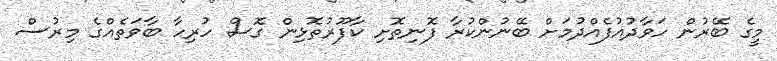
މީގެ ބޭރުން ހަވާދުއުފެއްދުމަށް ބޭނުންކުރާ ފޮނިތޮށި ކާފޫރުތޮޅިން ގޮސް ހުރިހާ ބާވަތެއްގެ މިރުސް